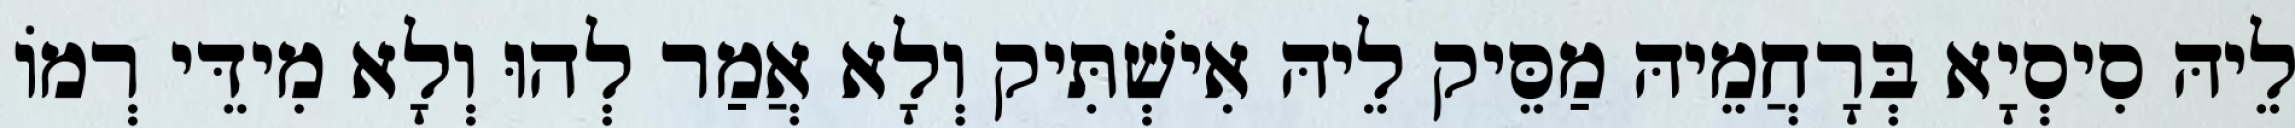
לֵיהּ סִיסְיָא בְּרָחֲמֵיהּ מַסֵּיק לֵיהּ אִישְׁתִּיק וְלָא אֲמַר לְהוּ וְלָא מִידֵּי רְמוֹ